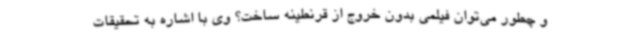
و چطور می‌توان فیلمی بدون خروج از قرنطینه ساخت؟ وی با اشاره به تحقیقات